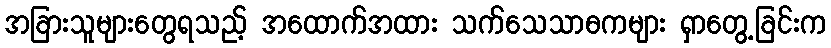
အခြားသူများတွေရသည့် အထောက်အထား သက်သေသာဓကများ ရှာတွေ့ခြင်းက